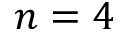
n = 4